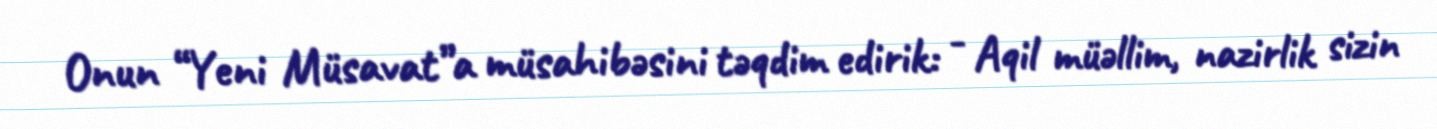
Onun “Yeni Müsavat”a müsahibəsini təqdim edirik: - Aqil müəllim, nazirlik sizin